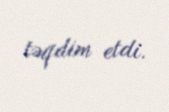
təqdim etdi.